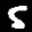
Label: 5